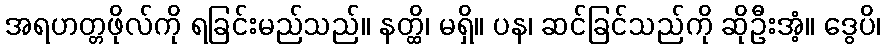
အရဟတ္တဖိုလ်ကို ရခြင်းမည်သည်။ နတ္ထိ၊ မရှိ။ ပန၊ ဆင်ခြင်သည်ကို ဆိုဦးအံ့။ ဒွေပိ၊